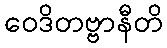
ဝေဒိတဗ္ဗာနီတိ